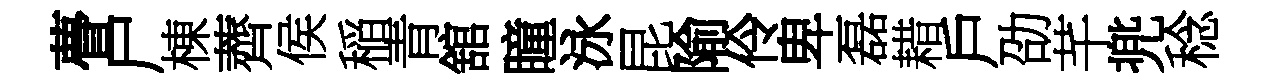
瞢尸棟薺侯稲青舘瞳泳昆隃伶卑磊耤戶劭芊兠稔